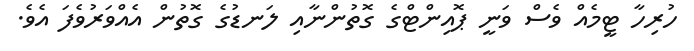
ހުރިހާ ޓީމެއް ވެސް ވަނީ ޕޮއިންޓްގެ ގޮތުންނާއި ލަނޑުގެ ގޮތުން އެއްވަރުވެފަ އެވެ.